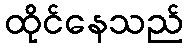
ထိုင်နေသည်